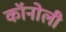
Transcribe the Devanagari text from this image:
कॉनोली